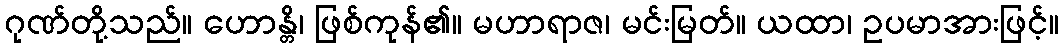
ဂုဏ်တို့သည်။ ဟောန္တိ၊ ဖြစ်ကုန်၏။ မဟာရာဇ၊ မင်းမြတ်။ ယထာ၊ ဥပမာအားဖြင့်။